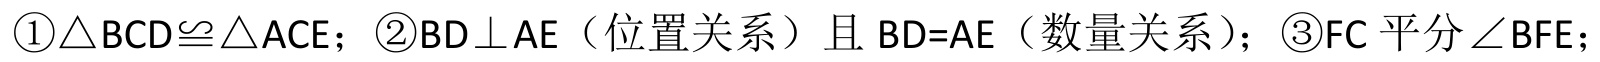
\textcircled{1}$\triangle BCD\cong\triangle ACE$；\textcircled{2}$BD\perp AE$（位置关系）且$BD = AE$（数量关系）；\textcircled{3}$FC$平分$\angle BFE$；